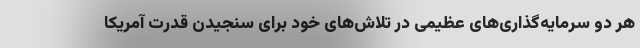
هر دو سرمایه‌گذاری‌های عظیمی در تلاش‌های خود برای سنجیدن قدرت آمریکا